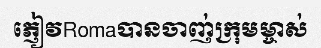
ភ្ញៀវRomaបានចាញ់ក្រុមម្ចាស់